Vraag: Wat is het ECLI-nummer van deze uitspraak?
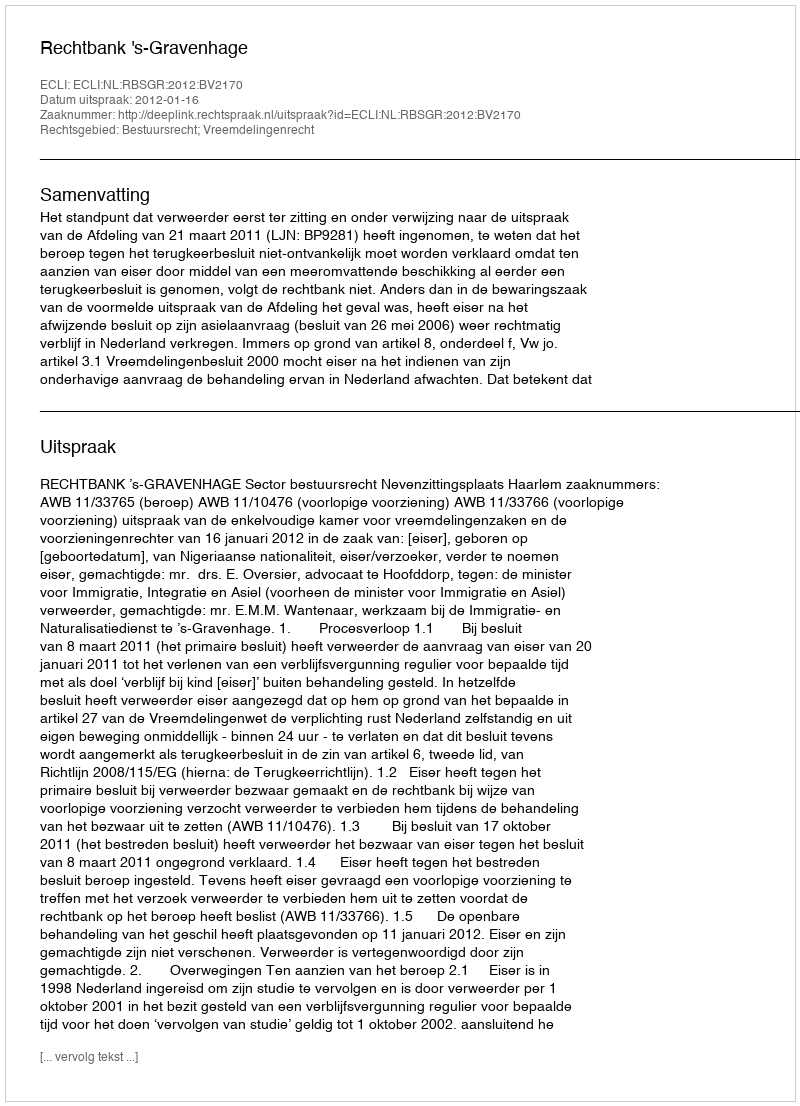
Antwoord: ECLI:NL:RBSGR:2012:BV2170